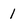
Character: 1